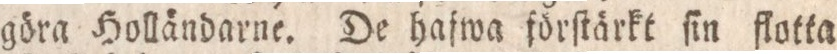
gära Holländarne. De hafwa förſtärkt ſin flotta